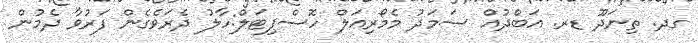
ގދ. ތިނަދޫ ޑރ. އަބްދުއް ސަމަދު މެމޯރިއަލް ހޮސްޕިޓަލް:ހާލު ދެރަވެގެން ފަރުވާ ދެމުން